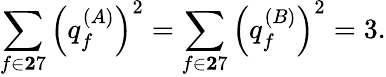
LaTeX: \sum_{f\in{\mathbf 27}}\left(q_{f}^{(A)}\right)^{2}=\sum_{f\in{\mathbf 27}}\left(q_{f}^{(B)}\right)^{2}=3.